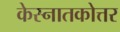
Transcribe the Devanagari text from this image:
केस्नातकोत्तर